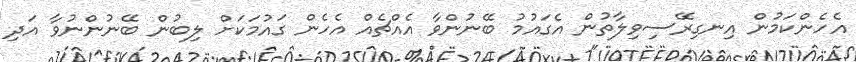
އެހެންކަމުން އިނގިރޭސިވިލާތުން އެގައުމު ބޭނުންވާ އެއްޗެއް އެހެން ގައުމަކަށް ލިބުން ބޭނުންނުވާ އަދި